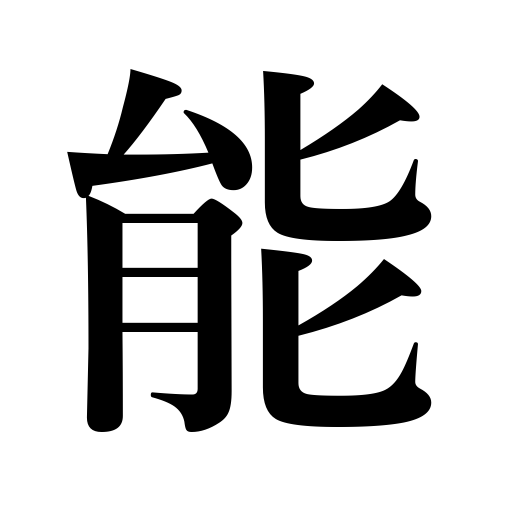
Meanings: skill,classical drama,noh play,capacity,ability,talent